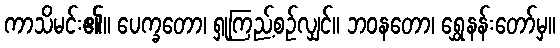
ကာသိမင်း၏။ ပေက္ခတော၊ ရှုကြည့်စဉ်လျှင်။ ဘဝနတော၊ ရွှေနန်းတော်မှ။